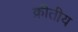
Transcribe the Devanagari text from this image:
क्रीतीय